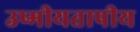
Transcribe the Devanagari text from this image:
उष्मीयतापीय